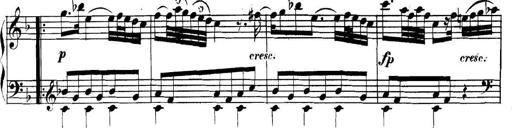
Title: Collected Piano Sonatas
Composer: Muzio Clementi